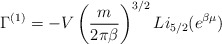
\begin{align*}\Gamma^{(1)} = -V \left(\frac{m}{2\pi\beta}\right)^{3/2}Li_{5/2}(e^{\beta\mu})\end{align*}